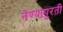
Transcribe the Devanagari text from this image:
नेण्यापुरती